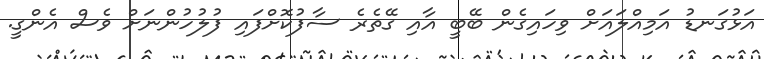
އަޅުގަނޑު އަމިއްލައަށް ވިހައިގެން ބޭބީ އާއި ގޭތެރެ ސާފުކޮށްފައި ފުލުހުންނަށް ވެސް އެންގީ.